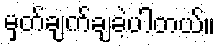
မှတ်ချက်ချခဲ့ပါတယ်။